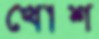
খোশ